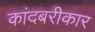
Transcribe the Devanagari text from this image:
कांदबरीकार